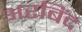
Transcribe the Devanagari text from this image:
अरबिंद